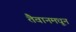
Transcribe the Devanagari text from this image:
तैवानमधून